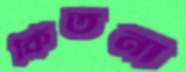
কিতনা